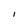
Character: I